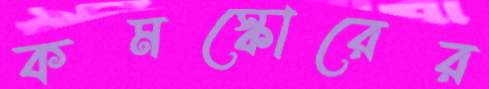
কমস্কোরের